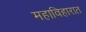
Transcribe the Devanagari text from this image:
महाविहारात